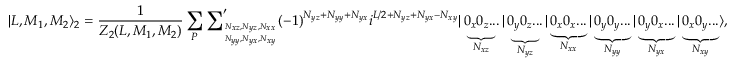
| L , M _ { 1 } , M _ { 2 } \rangle _ { 2 } = \frac { 1 } { Z _ { 2 } ( L , M _ { 1 } , M _ { 2 } ) } \sum _ { P } { \sum } _ { N _ { x z } , N _ { y z } , N _ { x x } \atop N _ { y y } , N _ { y x } , N _ { x y } } ^ { \prime } ( - 1 ) ^ { N _ { y z } + N _ { y y } + N _ { y x } } i ^ { L / 2 + N _ { y z } + N _ { y x } - N _ { x y } } | \underbrace { 0 _ { x } 0 _ { z } . . . } _ { N _ { x z } } | \underbrace { 0 _ { y } 0 _ { z } . . . } _ { N _ { y z } } | \underbrace { 0 _ { x } 0 _ { x } . . . } _ { N _ { x x } } | \underbrace { 0 _ { y } 0 _ { y } . . . } _ { N _ { y y } } | \underbrace { 0 _ { y } 0 _ { x } . . . } _ { N _ { y x } } | \underbrace { 0 _ { x } 0 _ { y } . . . } _ { N _ { x y } } \rangle ,